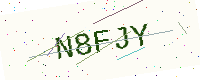
Text: N8FJY